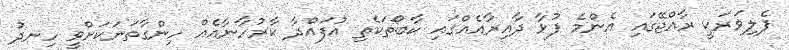
ފެލިވަރަކީ ރާއްޖޭގައި އެންމެ ފުޅާ ދާއިރާއެއްގައި ކާބޯތަކެތި އުފައްދާ ކާރުހާނާއެއް ހިންގާތަނަކަށްވީ ހިނދު